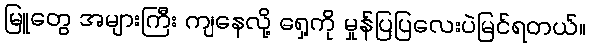
မြူတွေ အများကြီး ကျနေလို့ ရှေ့ကို မှုန်ပြပြလေးပဲမြင်ရတယ်။